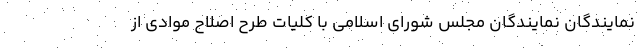
نمایندگان نمایندگان مجلس شورای اسلامی با کلیات طرح اصلاح موادی از